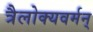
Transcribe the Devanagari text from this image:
त्रैलोक्यवर्मन्‌